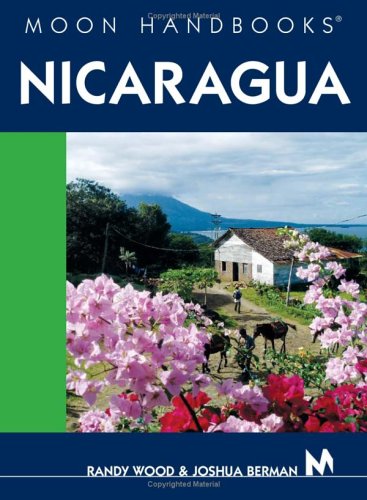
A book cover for Moon Handbooks Nicaragua; Randall Wood; Travel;